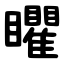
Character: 䂂